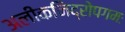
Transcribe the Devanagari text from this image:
अलीकनिद्रोपगमः